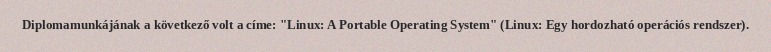
Diplomamunkájának a következő volt a címe: "Linux: A Portable Operating System" (Linux: Egy hordozható operációs rendszer).